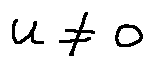
u \neq 0